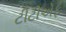
ટીટીએફ